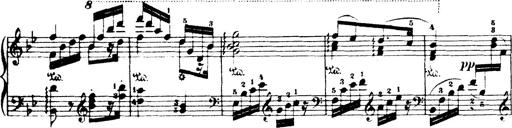
Title: Wagner-Liszt Album
Composer: Franz Liszt